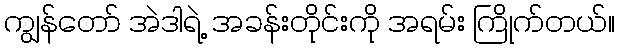
ကျွန်တော် အဲဒါရဲ့ အခန်းတိုင်းကို အရမ်း ကြိုက်တယ်။